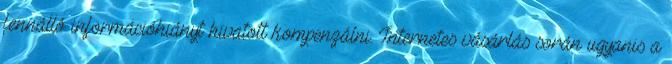
fennálló információhiányt hivatott kompenzálni. Internetes vásárlás során ugyanis a